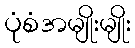
ပုံစံအမျိုးမျိုး